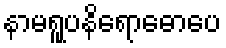
နာမရူပနိရောဓောပေ